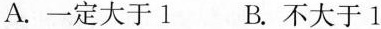
A.一定大于1 B.不大于1